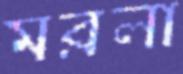
মরলা